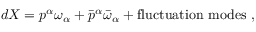
d X = p ^ { \alpha } \omega _ { \alpha } + \bar { p } ^ { \alpha } \bar { \omega } _ { \alpha } + \mathrm { f l u c t u a t i o n ~ m o d e s } ~ ,